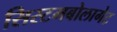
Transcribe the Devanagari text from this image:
सिस्टमबोलागेट